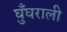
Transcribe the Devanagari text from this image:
घुँघराली